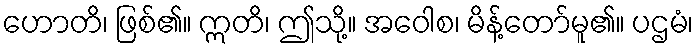
ဟောတိ၊ ဖြစ်၏။ ဣတိ၊ ဤသို့။ အဝေါစ၊ မိန့်တော်မူ၏။ ပဌမံ၊